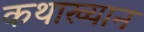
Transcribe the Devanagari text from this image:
कथाख्यान